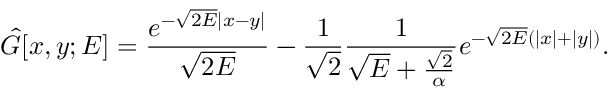
\hat { G } [ x , y ; E ] = \frac { e ^ { - \sqrt { 2 E } | x - y | } } { \sqrt { 2 E } } - \frac { 1 } { \sqrt { 2 } } \frac { 1 } { \sqrt { E } + \frac { \sqrt { 2 } } { \alpha } } e ^ { - \sqrt { 2 E } ( | x | + | y | ) } .